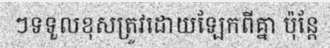
ៗទទួលខុសត្រូវដោយឡែកពីគ្នា ប៉ុន្តែ